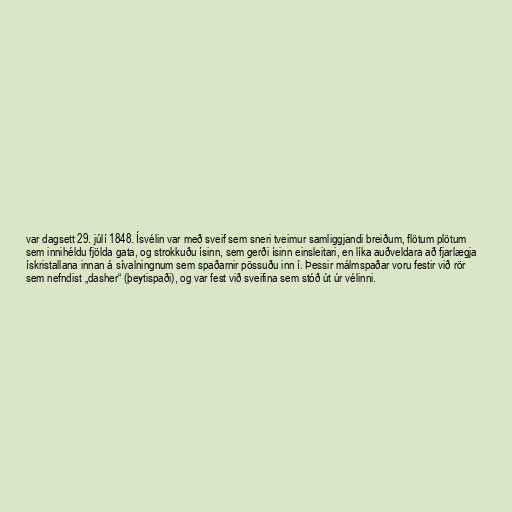
var dagsett 29. júlí 1848. Ísvélin var með sveif sem sneri tveimur samliggjandi breiðum, flötum plötum
sem innihéldu fjölda gata, og strokkuðu ísinn, sem gerði ísinn einsleitari, en líka auðveldara að fjarlægja
ískristallana innan á sívalningnum sem spaðarnir pössuðu inn í. Þessir málmspaðar voru festir við rör
sem nefndist „dasher“ (þeytispaði), og var fest við sveifina sem stóð út úr vélinni.